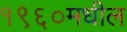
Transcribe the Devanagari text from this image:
१९६०मधील